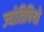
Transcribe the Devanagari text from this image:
ज्योतिषियो